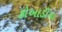
કોબાડીયા